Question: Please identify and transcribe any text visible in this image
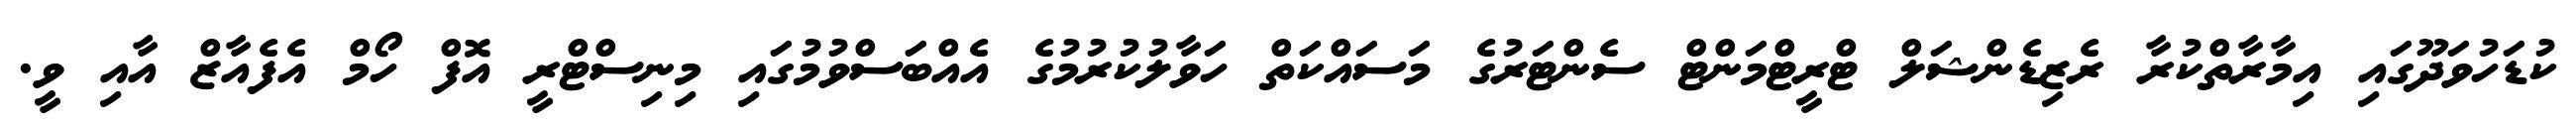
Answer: ކުޑަހުވަދޫގައި އިމާރާތްކުރާ ރެޒިޑެންޝަލް ޓްރީޓްމަންޓް ސެންޓަރުގެ މަސައްކަތް ހަވާލުކުރުމުގެ އެއްބަސްވުމުގައި މިނިސްޓްރީ އޮފް ހޯމް އެފެއާޒް އާއި ވީ.